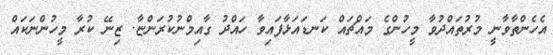
އެހެންތާވާނީ މުރުތައްދުވާ މީހުންގެ މައްޗައް ކަނޑައަޅާފައިވާ ހައްދު ގާއިމްނުކުރަންޏާ. ޒިނޭ ކުރާ މީހުންނަކައް